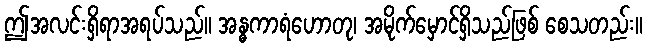
ဤအလင်းရှိရာအရပ်သည်။ အန္ဓကာရံဟောတု၊ အမိုက်မှောင်ရှိသည်ဖြစ် စေသတည်း။